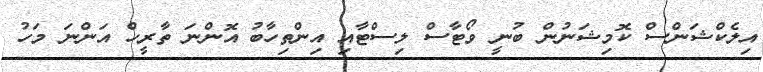
އިލެކްޝަންސް ކޮމިޝަނުން ބުނީ ވޯޓާސް ލިސްޓާއި އިންތިހާބު އޮންނަ ތާރީހް އަންނަ މަހު